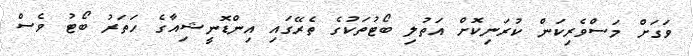
ވަގަށް މަސްވެރިކަން ކުރަނިކޮށް އަތުލި ބޯޓުތަކުގެ ތެރޭގައި އިންޑޮނީޝިއާގެ ހަތަރު ބޯޓު ވެސް